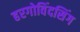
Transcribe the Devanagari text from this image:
हरगोविंदसिंग